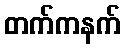
တက်ကနက်